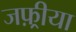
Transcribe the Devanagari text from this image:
जफ़्रीया